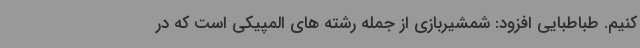
کنیم. طباطبایی افزود: شمشیربازی از جمله رشته های المپیکی است که در